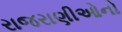
રાજરાણીઓનો